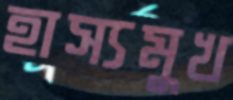
হাস্যমুখ